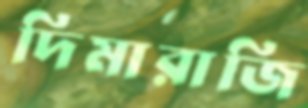
দিমারাজি